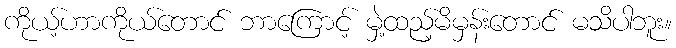
ကိုယ့်ဟာကိုယ်တောင် ဘာကြောင့် မှဲ့ထည့်မိမှန်းတောင် မသိပါဘူး။